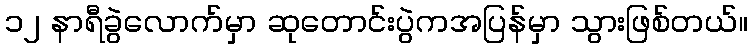
၁၂ နာရီခွဲလောက်မှာ ဆုတောင်းပွဲကအပြန်မှာ သွားဖြစ်တယ်။